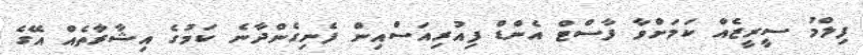
ފިލްމު ސީރީޒެއް ކަމަށްވާ ފާސްޓް އެންޑް ފިއުރިއަސްއިން ފެނިގެންދާނެ ކަމުގެ އިޝާރާތެއް އޭގެ